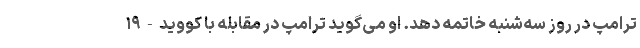
ترامپ در روز سه‌شنبه خاتمه دهد. او می‌گوید ترامپ در مقابله با کووید-۱۹